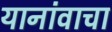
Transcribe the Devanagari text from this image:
यानांवाचा